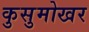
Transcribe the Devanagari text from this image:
कुसुमोखर